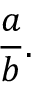
{ \frac { a } { b } } .